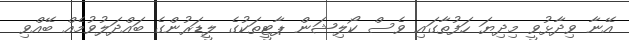
އޭނާ ވިދާޅުވީ މިދިޔަ ހަފުތާގައި ވެސް ކޯލިޝަން ޕާޓީތަކުގެ ލީޑަރުންގެ ބައްދަލުވުމެއް ބޭއްވި